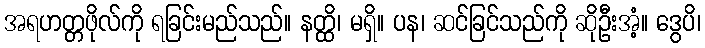
အရဟတ္တဖိုလ်ကို ရခြင်းမည်သည်။ နတ္ထိ၊ မရှိ။ ပန၊ ဆင်ခြင်သည်ကို ဆိုဦးအံ့။ ဒွေပိ၊